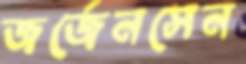
জর্জেনসেন